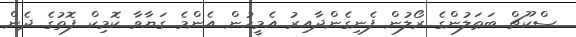
ސްކޫޗް ބަޠަލުންގެ ރޯލުން ފެނިގެންދާއިރު އެމީހުން އެންމެ ގަޔާވާ ކޮމިކް ފޮތުގެ ދެން